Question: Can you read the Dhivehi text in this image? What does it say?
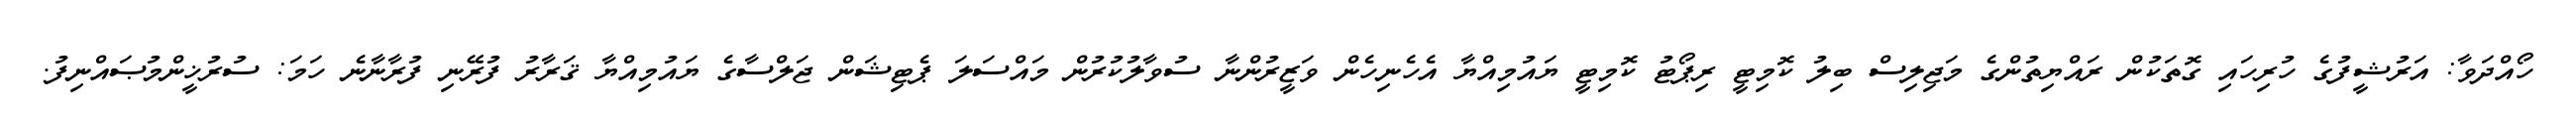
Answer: ހޯއްދަވާ: އަރުޝީފުގެ ހުރިހައި ގޮތަކުން ރައްޔިތުންގެ މަޖިލިސް ބިލު ކޮމިޓީ ރިޕޯޓު ކޮމިޓީ ޔައުމިއްޔާ އެހެނިހެން ވަޒީރުންނާ ސުވާލުކުރުން މައްސަލަ ޕެޓިޝަން ޖަލްސާގެ ޔައުމިއްޔާ ޤަރާރު ފުރޭނި ފުރާނާނެ ހަމަ: ސުރުޚީންމުޞައްނިފު.